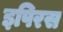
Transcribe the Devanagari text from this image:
इपिरस